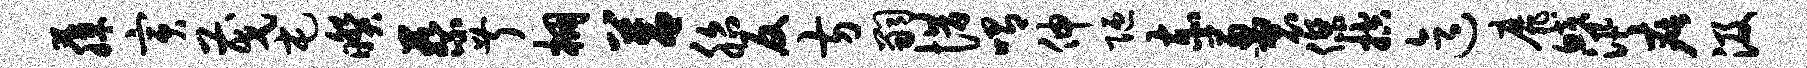
藤寅茂屯暌蔡叔棚莒胎反方嗣惜喟伸陋赤葱袈杰控迄靡鲛汛疵汲